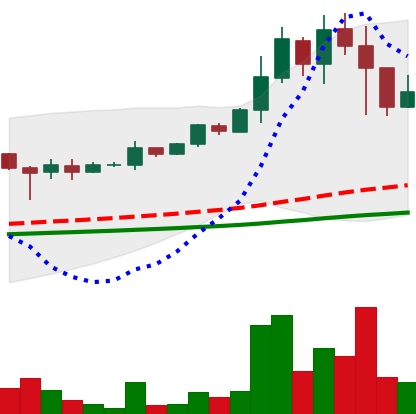
Ticker: DOGE-USD
Chart end date: 2021-05-11
Forward return: 3.971%
Label: up_3_5